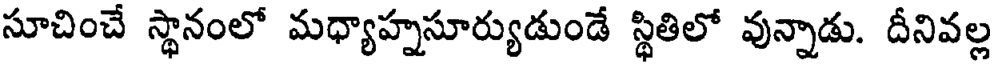
సూచించే స్థానంలో మధ్యాహ్నసూర్యుడుండే స్థితిలో వున్నాడు. దీనివల్ల